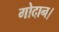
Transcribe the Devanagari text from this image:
गोदान।